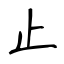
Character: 止